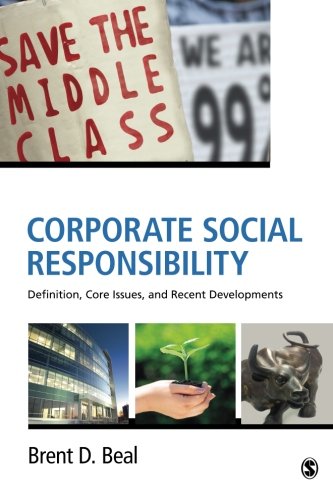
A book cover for Corporate Social Responsibility: Definition, Core Issues, and Recent Developments; Brent D. (David) Beal; Business & Money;